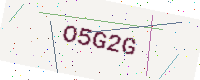
Text: O5G2G